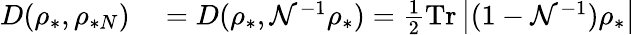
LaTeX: \begin{array}{rl}{D(\rho_{\ast},\rho_{\ast N})}&{{}=D(\rho_{\ast},\mathcal{N}^{-1}\rho_{\ast})=\frac{1}{2}\mathrm{Tr}\left\vert(1-\mathcal{N}^{-1})\rho_{\ast}\right\vert}\end{array}